Kominterni_Eesti_sektsioon_Moskvas, lk 5
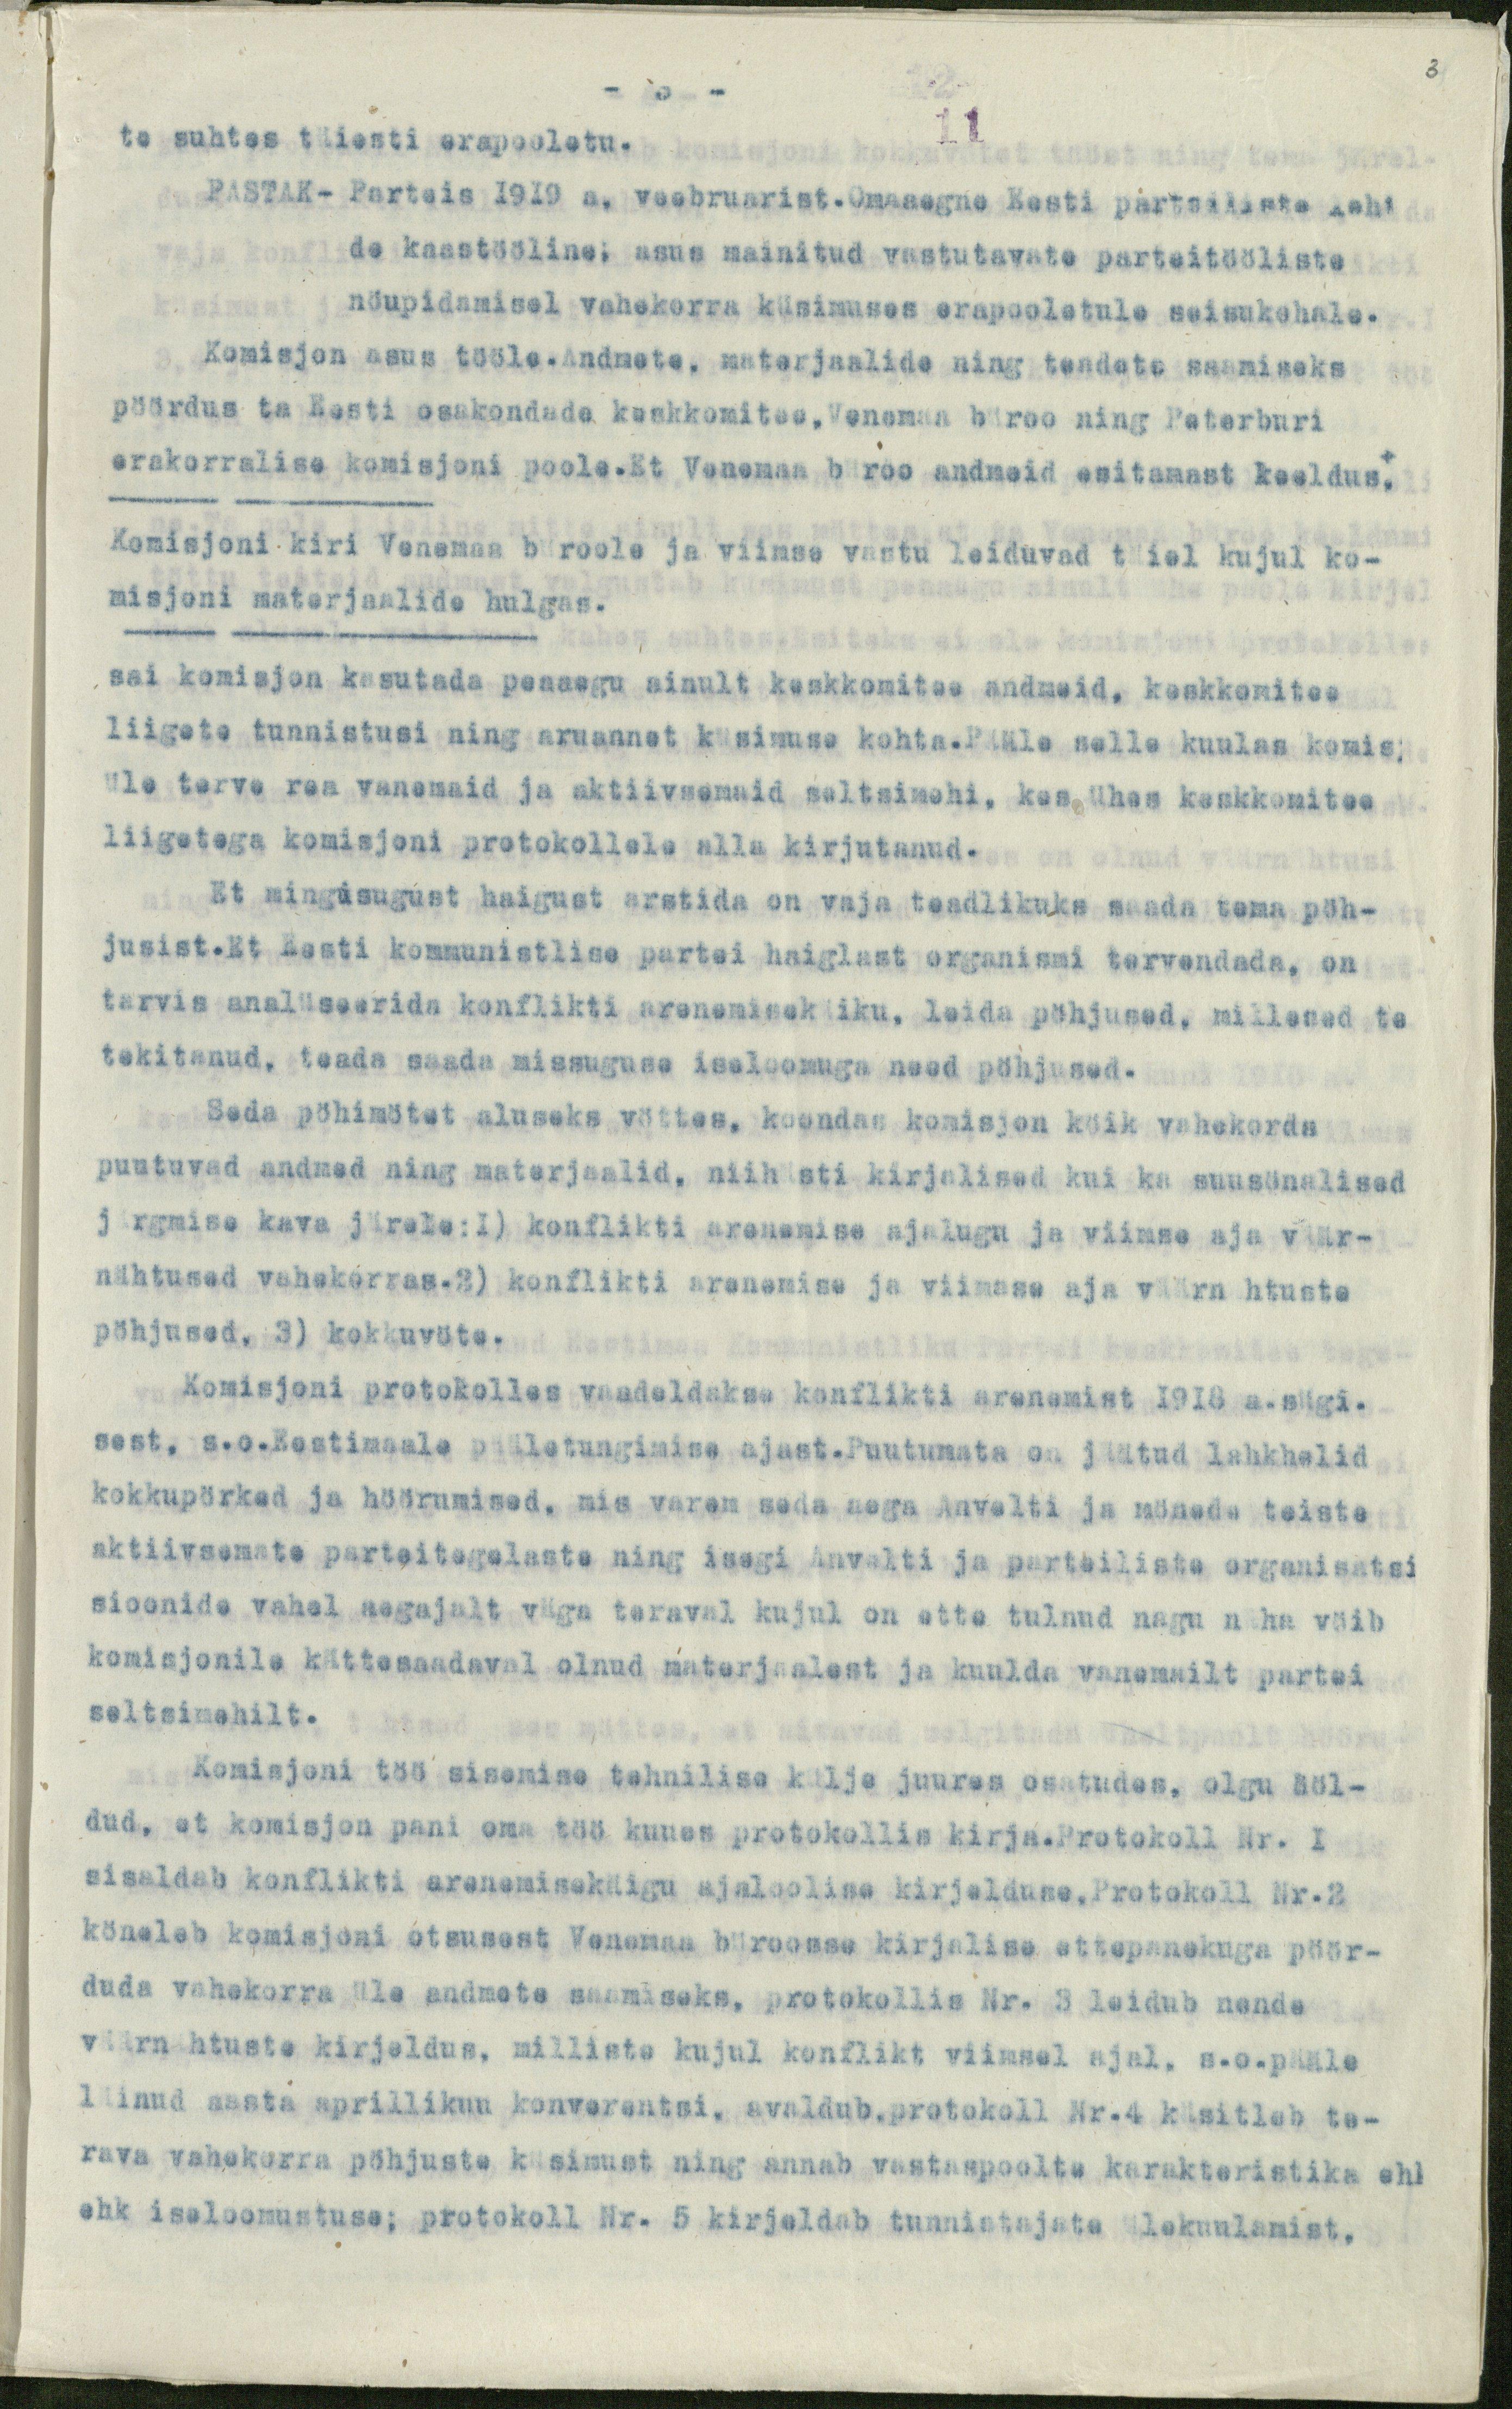
3
te suhtes täiesti erapooletu.
- õ -
11
PASTAK- Parteis 1919 a. veebruarist. Omaaegne Eesti parteiliste leht
de kaastööline; asus mainitud vastutavate parteitööliste
nöupidamisel vahekorra küsimuses erapooletule seisukohale.
Komisjon asus tööle.Andmete, materjaalide ning teadete saamiseks
pöördus ta Eesti osakondada keskkomitee, Venemaa büroo ning Peterburi
erakorralise komisjoni poole. Et Venemaa büroo andmeid esitamast keeldus,
Komisjoni kiri Venemaa büroole ja viimse vastu leiduvad täiel kujul ko-
misjoni materjaalide hulgas.
sai komisjon kasutada peaaegu ainult keskkomitee andmeid, keskkomitee
liigete tunnistusi ning aruannet küsimuse kohta.Pääle selle kuulas komis;
üle terve rea vanemaid ja aktiivsemaid seltsimehi, kes ühes keskkomitee
liigetega komisjoni protokollele alla kirjutanud.
Et mingisugust haigust arstida on vaja teadlikuks saada tema pöh-
jusist.Et Eesti kommunistlise partei haiglast organismi tervendada, on
tarvis analüseerida konflikti arenemisekäiku, leida pöhjused, millesed ta
tekitanud, teada saada missuguse iseloomuga need pöhjused.
Seda pöhimötet aluseks vöttes, koondas komisjon köik vahekorda
puutuvad andmed ning materjaalid, niihästi kirjalised kui ka suusönalised
järgmise kava järele:1) konflikti arenemise ajalugu ja viimse aja väär-
nähtused vahekorras.2) konflikti arenemise ja viimase aja väärnähtuste
pöhjused. 3) kokkuvöte.
Komisjoni protokolles vaadeldakse konflikti arenemist 1918 a.sügi.
sest, s.o.Eestimaale pääletungimise ajast.Puutumata on jäätud lahkhelid
kokkupörked ja höörumised, mis varem seda aega Anvelti ja möneda teiste
aktiivsemate parteitegelaste ning isegi Anvelti ja parteiliste organisatsi
sioonide vahel aegajalt väga teraval kujul on ette tulnud nagu näha vöib
komisjonile kättesaadaval olnud materjaalest ja kuulda vanemailt partei
seltsimehilt.
Komisjoni töö sisemise tehnilise külje juures osatudes, olgu ööl-
dud, et komisjon pani oma töö kuues protokollis kirja.Protokoll Nr. 1
sisaldab konflikti arenemisekäigu ajaloolise kirjelduse, Protokoll Nr.2
köneleb komisjoni otsusest Vanemaa büroosse kirjalise ettepanekuga pöör-
duda vahekorra üle andmete saamiseks, protokollis Nr. 3 leidub nende
väärnähtuste kirjeldus, milliste kujul konflikt viimsel ajal, s.o.pääle
läinud aasta aprillikuu konverentsi, avaldub,protokoll Nr.4 käsitleb te-
rava vahekorra pöhjuste küsimust ning annab vastaspoolte karakteristika ehk
ehk iseloomustuse; protokoll Nr. 5 kirjeldab tunnistajate ülekuulamist,